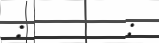
:        :